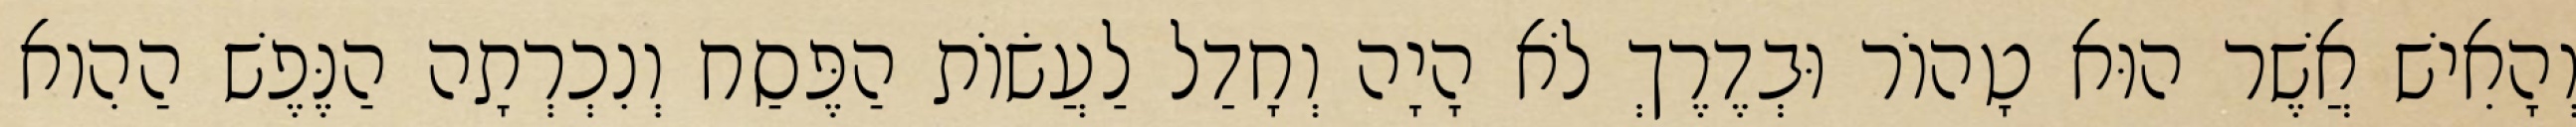
וְהָאִישׁ אֲשֶׁר הוּא טָהוֹר וּבְדֶרֶךְ לֹא הָיָה וְחָדַל לַעֲשׂוֹת הַפֶּסַח וְנִכְרְתָה הַנֶּפֶשׁ הַהִוא